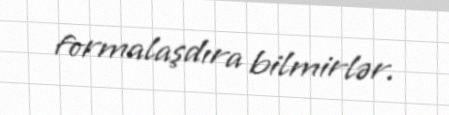
formalaşdıra bilmirlər.